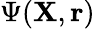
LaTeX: \Psi({\mathbf{X}},{\mathbf{r}})